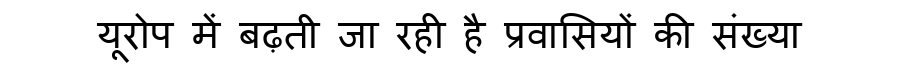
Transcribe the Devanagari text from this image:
यूरोप में बढ़ती जा रही है प्रवासियों की संख्या